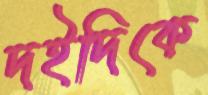
দইদিকে